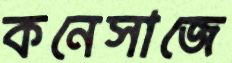
কনেসাজে